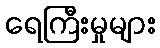
ရေကြီးမှုများ